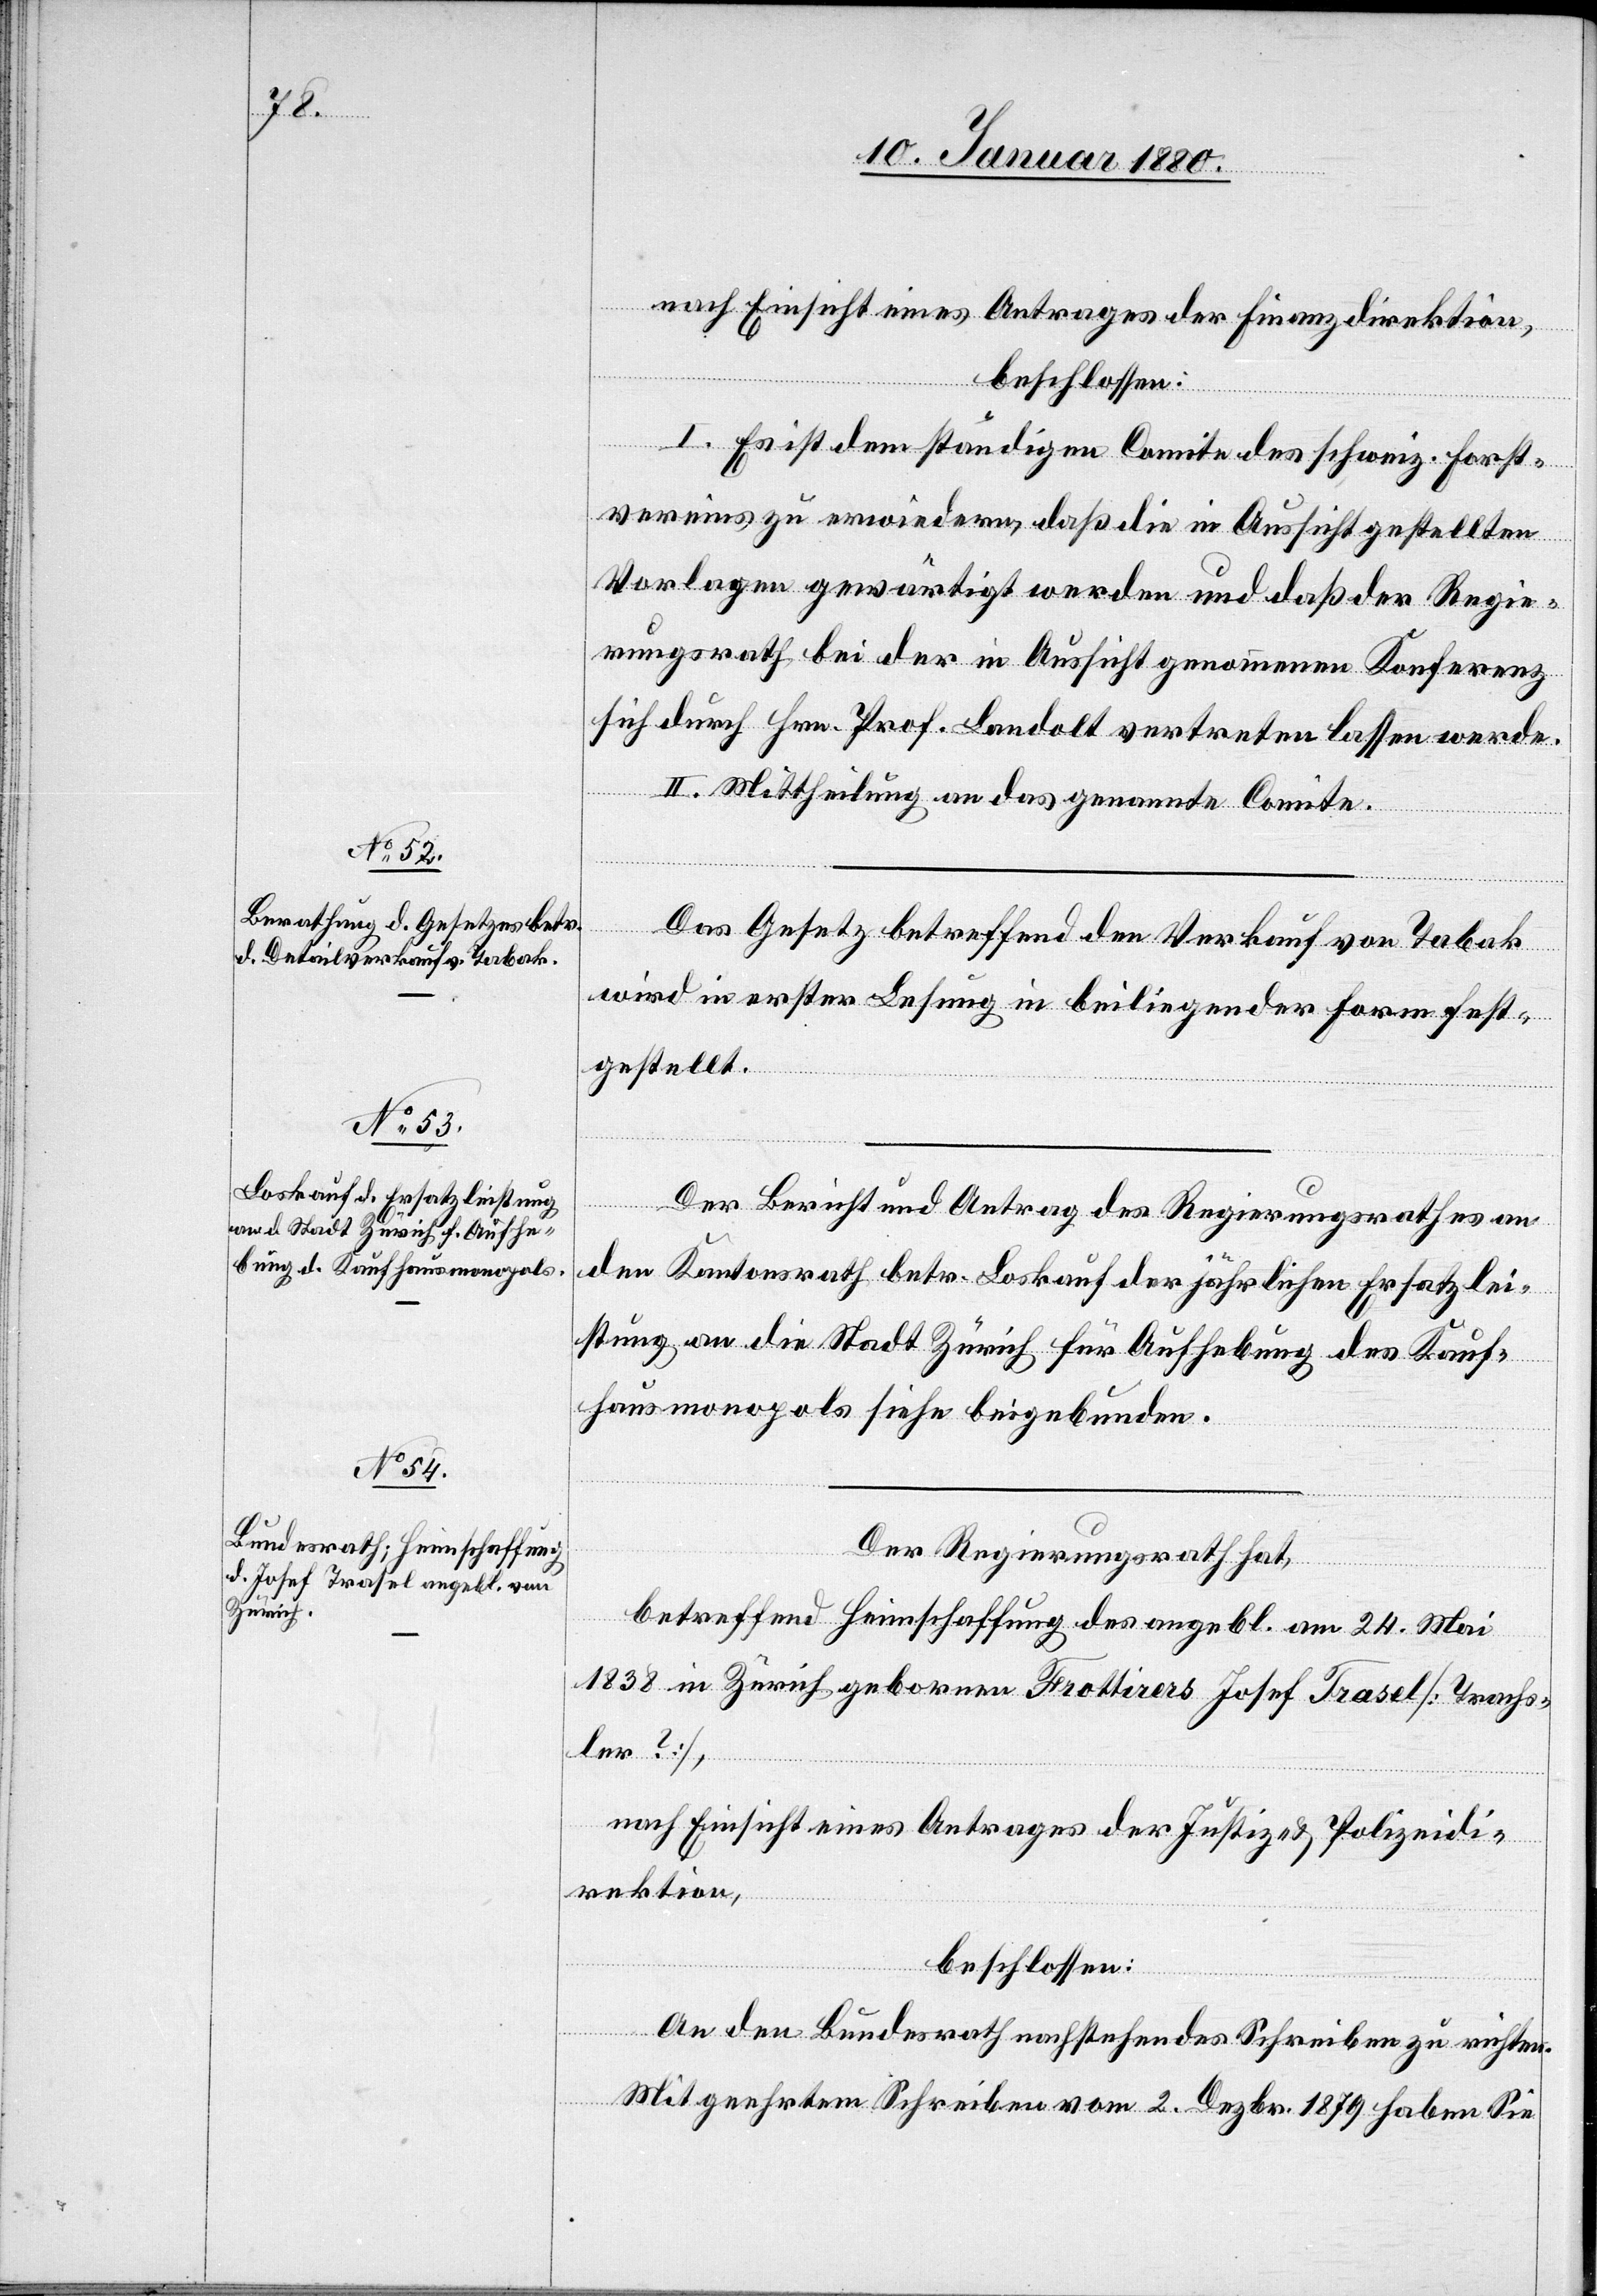
nach Einsicht eines Antrages der Finanzdirektion,
beschlossen:
I. Es ist dem ständigen Comite des schweiz. Forst¬
vereins zu erwiedern, daß die in Aussicht gestellten
Vorlagen gewärtigt werden und daß der Regie¬
rungsrath bei der in Aussicht genommenen Konferenz
sich durch Hrn. Prof. Landolt vertreten lassen werde.
II. Mittheilung an das genannte Comite.
Das Gesetz betreffend den Verkauf von Tabak
wird in erster Lesung in beiliegender Form fest¬
gestellt.
Der Bericht und Antrag des Regierungsrathes an
den Kantonsrath betr. Loskauf der jährlichen Ersatzlei¬
stung an die Stadt Zürich für Aufhebung des Kauf¬
hausmonopols siehe beigebunden.
Der Regierungsrath hat,
betreffend Heimschaffung des angebl. am 24. Mai
1838 in Zürich gebornen Frottirers Josef Trasel [Trachs¬
ler?]
nach Einsicht eines Antrages der Justiz- & Polizeidi¬
rektion,
beschlossen:
An den Bundesrath nachstehendes Schreiben zu richten:
Mit geehrtem Schreiben vom 2. Dezbr. 1879 haben Sie